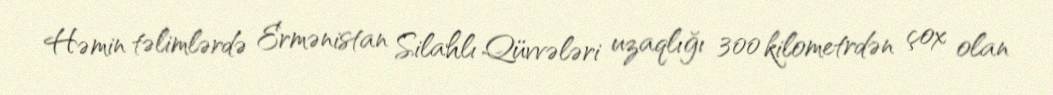
Həmin təlimlərdə Ermənistan Silahlı Qüvvələri uzaqlığı 300 kilometrdən çox olan